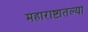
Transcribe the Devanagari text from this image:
महाराष्टातल्या